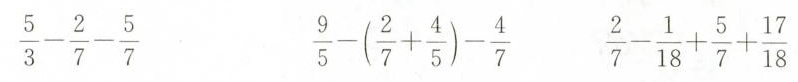
$$\frac{5}{3} - \frac{2}{7} - \frac{5}{7}$$ $$\frac{9}{5} -(\frac{2}{7} + \frac{4}{5} ) - \frac{4}{7}$$ $$\frac{2}{7} - \frac{1}{18} + \frac{5}{7} + \frac{17}{18}$$